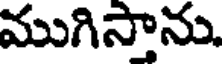
ముగిస్తాను.